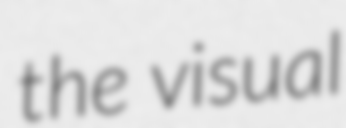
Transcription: the visual